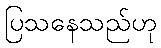
ပြသနေသည်ဟု